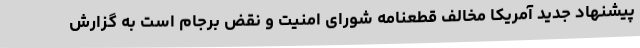
پیشنهاد جدید آمریکا مخالف قطعنامه شورای امنیت و نقض برجام است به گزارش